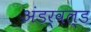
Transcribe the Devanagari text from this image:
अंडर्वल्ड